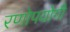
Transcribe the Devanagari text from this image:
रणोपयोगी